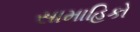
સામાહિકો